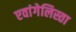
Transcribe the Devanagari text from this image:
एवांगेलिस्ता